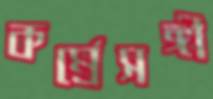
কর্ম্রেসঙ্গী